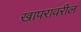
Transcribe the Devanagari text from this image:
खापरावरील